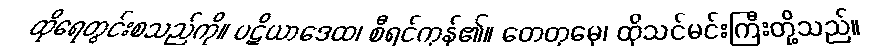
ထိုရေတွင်းစသည်ကို။ ပဋိယာဒေထ၊ စီရင်ကုန်၏။ တေတုမှေ၊ ထိုသင်မင်းကြီးတို့သည်။